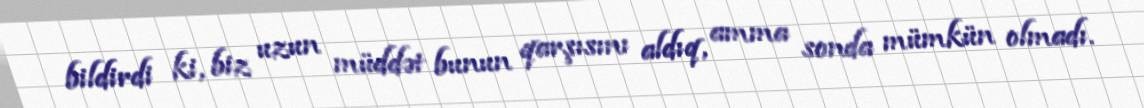
bildirdi ki, biz uzun müddət bunun qarşısını aldıq, amma sonda mümkün olmadı.